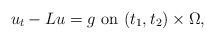
LaTeX: \begin{align*}u_t-L u=g \hbox{ on } (t_1,t_2)\times \Omega,\\ \end{align*}